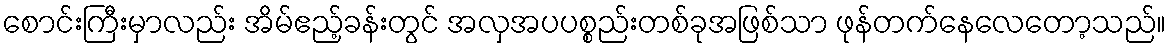
စောင်းကြီးမှာလည်း အိမ်ဧည့်ခန်းတွင် အလှအပပစ္စည်းတစ်ခုအဖြစ်သာ ဖုန်တက်နေလေတော့သည်။